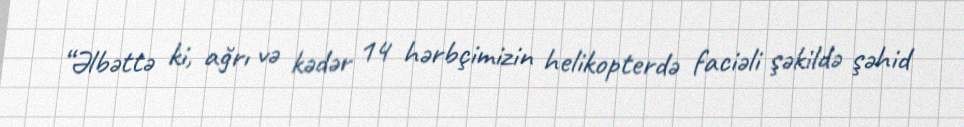
“Əlbəttə ki, ağrı və kədər 14 hərbçimizin helikopterdə faciəli şəkildə şəhid